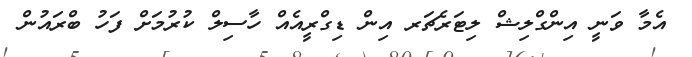
އެމާ ވަނީ އިންގްލިޝް ލިޓަރެޗަރ އިން ޑިގްރީއެއް ހާސިލް ކުރުމަށް ފަހު ބްރައުން